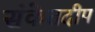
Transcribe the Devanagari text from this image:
संकेतदीप